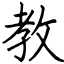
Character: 教